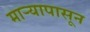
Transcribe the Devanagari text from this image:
माऱ्यापासून